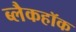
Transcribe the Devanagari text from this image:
ब्लैकहॉक